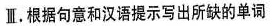
Ⅱ.根据句意和汉语提示写出所缺的单词